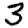
Digit: 3